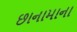
છાનામાના